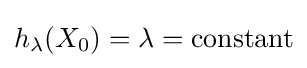
h_{\lambda }(X_{0})=\lambda ={\text{constant}}